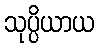
သုပ္ပိယာယ